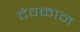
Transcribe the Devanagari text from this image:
देवळान